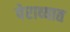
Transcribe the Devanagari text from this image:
पेराव्यात